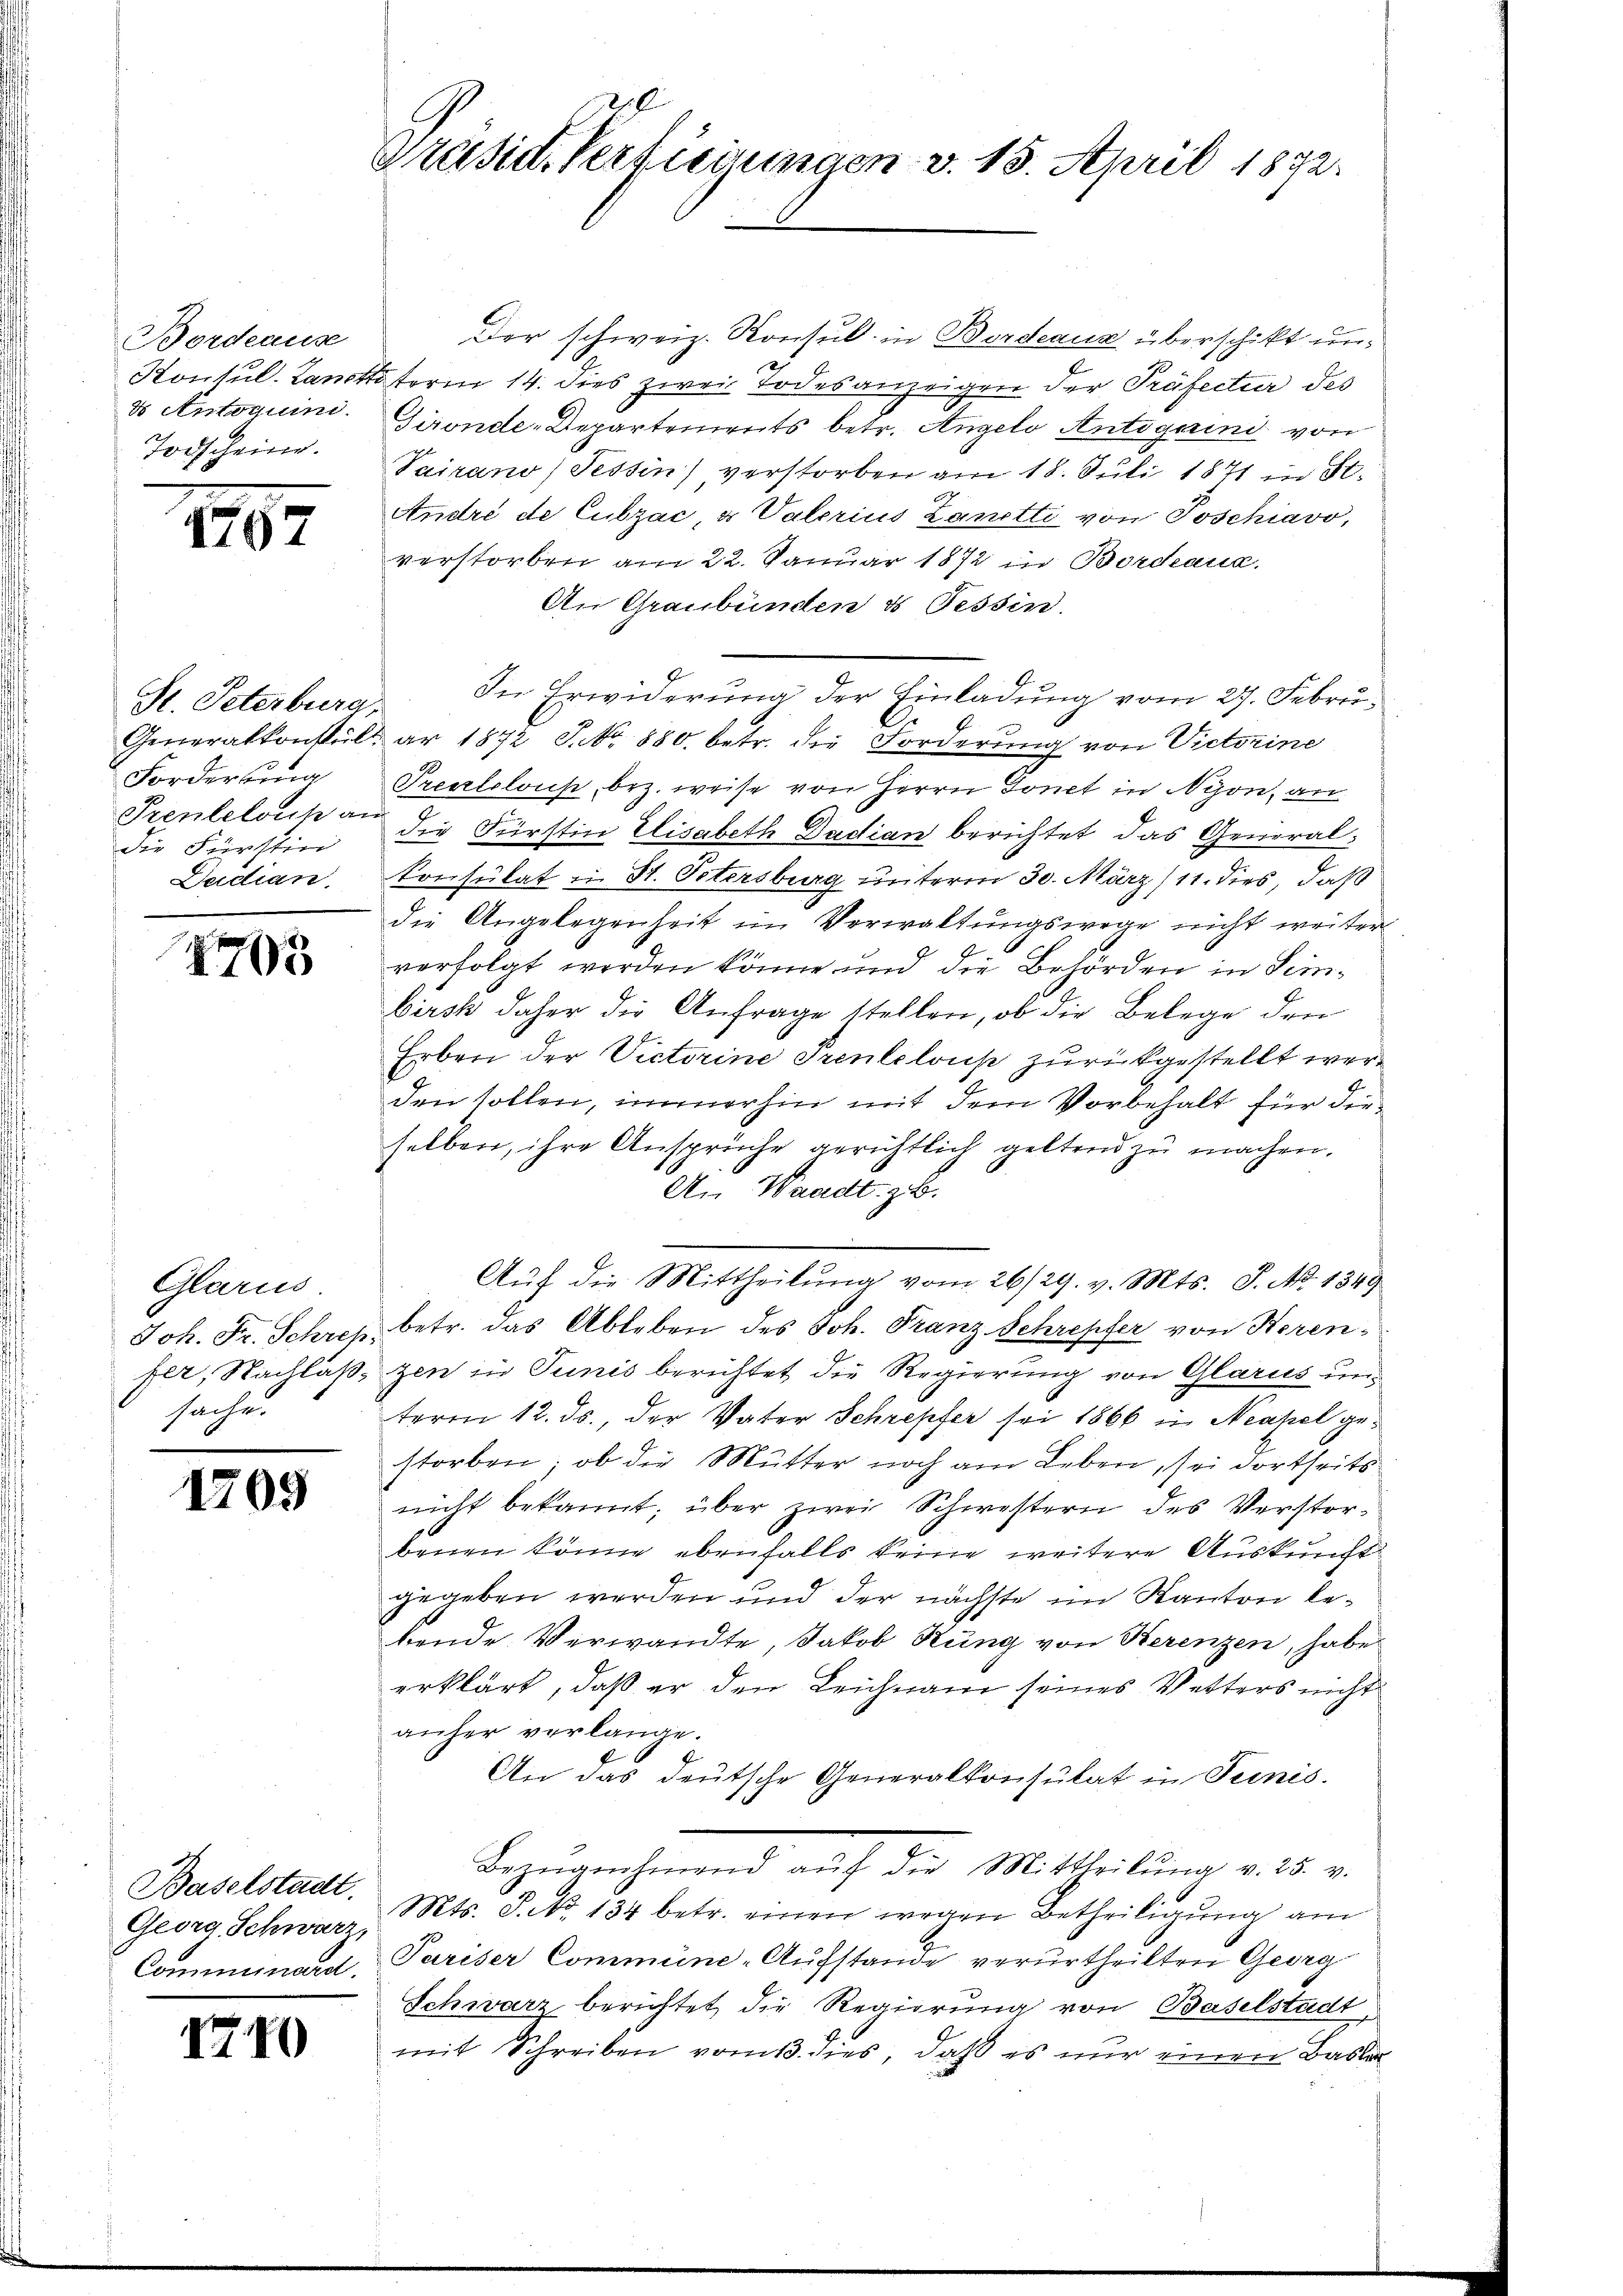
Bordeause
Todscheine.

1787

St. Peterburg,
Fordertung
die Fürsten
Duidian.

1703

Glarus.
sache.

1705

Baselstadt.
Georg, Schwarz,

1710

Präsid. Vertierungen v. 15. April 1872.

Der schweiz. Konsul in Bordeaus überschikt un¬
Konsul. Lanttaterm 14. dies zwei Todesanzeigen der Präfectur des
d Antoguini. Gironde-Departements betr. Angelo Antigurini von
Pairano, Tessin verstorben am 18. Juli 1871 in St.
André de Cubzac, d Vaterius Zanetti von Poschiavo,
verstorben am 22. Januar 1872 in Bordeaux.
An Graubünden & Tessin.
In Erwiderung der Einladung vom 27. Febru¬
Generalkonsultar 1872 J. No. 880. betr. die Forderŭng von Victorine
Prectelois, bez. weise von Herrn Tonet in Nyon, an
2
Prentelous an die Fürstin Elisabeth Dadian berichtet das General¬
Consulat in St. Petersburg unterm 30. März/11. dies, daß
die Angelegenheit im Verwaltungswege nicht weiter
verfolgt worden könne und die Behörden in Seibirsk daher die Anfrage stellen, ob die Belege den
Erben der Victorine Prenteloup zurückgestellt werden sollen, immerhin mit dem Vorbehalt für die
selben, ihre Ansprüche gerichtlich geltend zu machen.
An Waadt, z. B.
Aŭf die Mittheilung vom 26/29. v. Mts. S. Nr. 1349
Joh. Fr. Schres betr. das Ableben des Joh. Franz Schrepfer von Horenfer, Nachlaß, gen in Tunis berichtet die Regierung von Glarus unterm 12. ds., der Vater Schrepfer sei 1866 in Neapel gestorben; ob die Mutter noch am Leben, sei dortheits
nicht bekannt; über zwei Schwestern des Verstorbenen könne ebenfalls keine weitere Auskunft
gegeben werden und der nächste im Kanton bebende Verwandte, Jakob Küng von Herenzen, habe
erklärt, daß er den Leichnam seines Vetters nicht
anher verlange.
An das deutsche Generalkonsulat in Teinis.
Bezmanchend auf die Mittheilung aus e
Mts. S. No 134 betr. einen wegen Betheiligung am
Comminard, Pariser Commüne-Aufstande verurtheilten Georg
Schwarz berichtet die Regierung von Baselstadt,
mit Schreiben vom 13. dies, daß es nur einen Basler